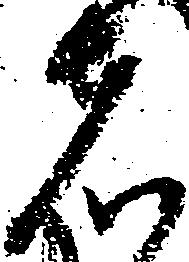
者